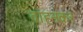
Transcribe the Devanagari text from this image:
वाहनकर